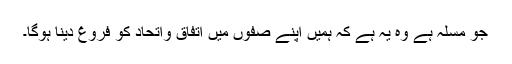
جو مسلہ ہے وہ یہ ہے کہ ہمیں اپنے صفوں میں اتفاق واتحاد کو فروغ دینا ہوگا۔